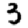
Digit: 3